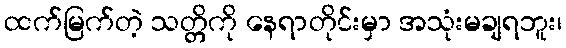
ထက်မြက်တဲ့ သတ္တိကို နေရာတိုင်းမှာ အသုံးမချရဘူး၊